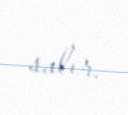
salır.